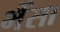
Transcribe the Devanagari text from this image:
भैँसा